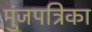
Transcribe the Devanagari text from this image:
मुंजपत्रिका